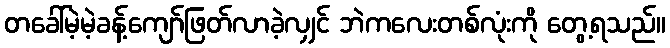
တခေါ်မဲ့မဲ့ခန့်ကျော်ဖြတ်လာခဲ့လျှင် ဘဲကလေးတစ်လုံးကို တွေ့ရသည်။